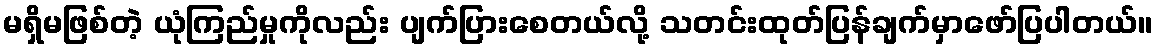
မရှိမဖြစ်တဲ့ ယုံကြည်မှုကိုလည်း ပျက်ပြားစေတယ်လို့ သတင်းထုတ်ပြန်ချက်မှာဖော်ပြပါတယ်။